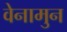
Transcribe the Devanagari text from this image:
वेनामुन